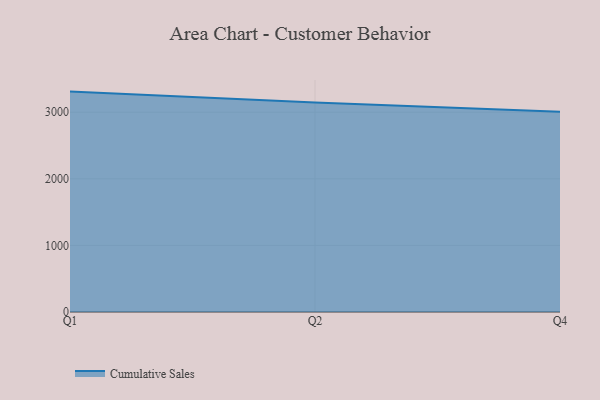
{"axis": {"x": "Quarter", "y": "Demand Index"}, "legend": ["Cumulative Sales"], "data": [{"x": "Q1", "y": 3309.5, "type": "Cumulative Sales"}, {"x": "Q2", "y": 3146.6, "type": "Cumulative Sales"}, {"x": "Q4", "y": 3005.2, "type": "Cumulative Sales"}]}